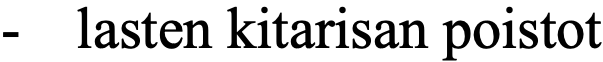
-  lasten kitarisan poistot